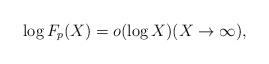
LaTeX: \begin{align*}\log F_p(X) = o(\log X) (X\to \infty),\end{align*}